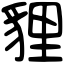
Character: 貍